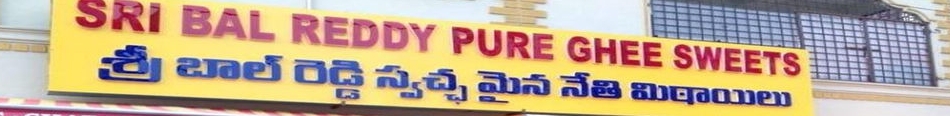
Language: telugu
Transcription: స్వచ్చమైన బాల్ రెడ్డి మిఠాయిలు శ్రీ నేతి